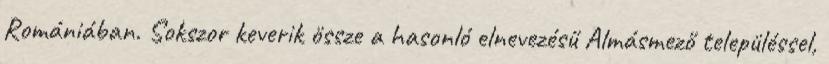
Romániában. Sokszor keverik össze a hasonló elnevezésű Almásmező településsel,